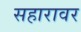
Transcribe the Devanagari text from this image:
सहारावर